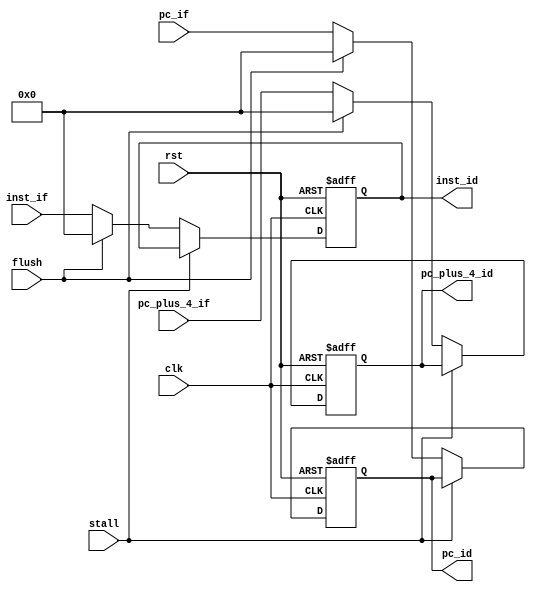
`timescale 1ns / 1ps
//////////////////////////////////////////////////////////////////////////////////
// Company: 
// Engineer: 
// 
// Design Name: 
// Module Name: EX_MEM_REG
// Project Name: 
// Target Devices: 
// Tool Versions: 
// Description: 
// 
// Dependencies: 
// 
// Revision:
// Revision 0.01 - File Created
// Additional Comments:
// 
//////////////////////////////////////////////////////////////////////////////////

/**
    * Store pc and inst from IF stage.
*/
module IF_ID_REG (
    input wire clk,
    input wire rst,
    input wire stall,
    input wire flush,

    /*
    * New data in this stage
    */
    input  wire [31:0] pc_plus_4_if,
    input  wire [31:0] pc_if,
    input  wire [31:0] inst_if,
    output wire [31:0] pc_plus_4_id,
    output wire [31:0] pc_id,
    output wire [31:0] inst_id
);

  // Registers
  reg [31:0] pc_plus_4_id_reg;
  reg [31:0] pc_id_reg;
  reg [31:0] inst_id_reg;

  always @(posedge clk or posedge rst) begin
    if (rst) begin
      pc_plus_4_id_reg <= 32'b0;
      pc_id_reg <= 32'b0;
      inst_id_reg <= 32'b0;
    end else if (stall) begin
      // Do nothing
    end else if (flush) begin
      pc_plus_4_id_reg <= 32'b0;
      pc_id_reg <= 32'b0;
      inst_id_reg <= 32'b0;
    end else begin
      pc_plus_4_id_reg <= pc_plus_4_if;
      pc_id_reg <= pc_if;
      inst_id_reg <= inst_if;
    end
  end

  assign pc_plus_4_id = pc_plus_4_id_reg;
  assign pc_id = pc_id_reg;
  assign inst_id = inst_id_reg;
endmodule